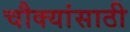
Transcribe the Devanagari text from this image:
चौक्यांसाठी